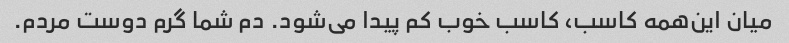
میان این‌همه کاسب، کاسب خوب کم پیدا می‌شود. دم شما گرم دوست مردم.